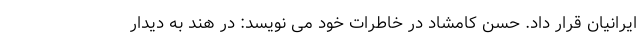
ایرانیان قرار داد. حسن کامشاد در خاطرات خود می نویسد: در هند به دیدار